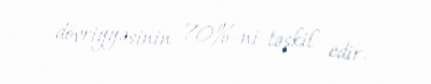
dövriyyəsinin 70%-ni təşkil edir.